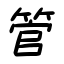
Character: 管